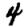
Digit: 4